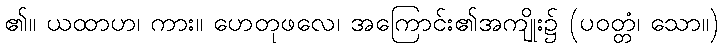
၏။ ယထာဟ၊ ကား။ ဟေတုဖလေ၊ အကြောင်း၏အကျိုး၌ (ပဝတ္တံ၊ သော။)